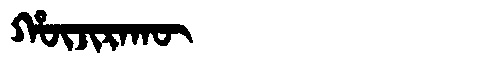
Manchu: ᡥᡡᠵᡳᡵᠠᡴᡡ
Romanization: HŪJIRAKŪ